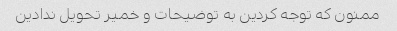
ممنون که توجه کردین به توضیحات و خمیر تحویل ندادین